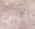
ليس